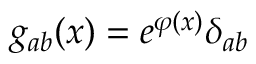
g _ { a b } ( x ) = e ^ { \varphi ( x ) } \delta _ { a b }